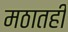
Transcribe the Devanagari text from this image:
मठातही